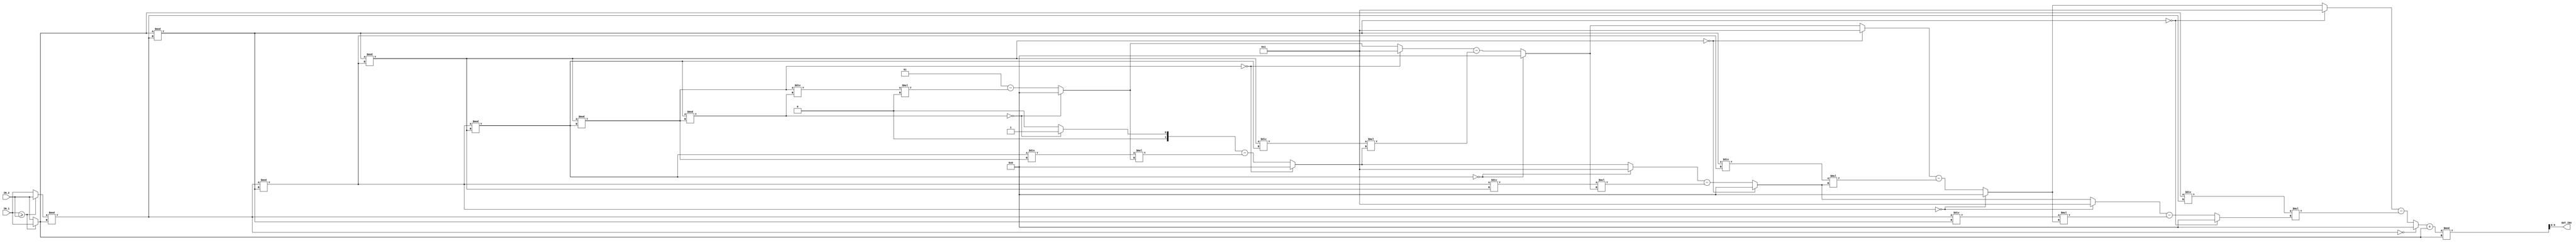
//############################################################################
//++++++++++++++++++++++++++++++++++++++++++++++++++++++++++++++++++++++++++++
//    (C) Copyright Optimum Application-Specific Integrated System Laboratory
//    All Right Reserved
//		Version		: v1.0
//   	Module Name : INV_IP
//++++++++++++++++++++++++++++++++++++++++++++++++++++++++++++++++++++++++++++
//############################################################################

module INV_IP #(parameter IP_WIDTH = 6) (
    // Input signals
    IN_1, IN_2,
    // Output signals
    OUT_INV
);

// ===============================================================
// Declaration
// ===============================================================
input [IP_WIDTH-1:0] IN_1, IN_2;
output [IP_WIDTH-1:0] OUT_INV;
wire signed [IP_WIDTH:0]result;
wire [IP_WIDTH-1:0] IN1,IN2;
//wire [31:0] idx;
//integer idx;
// ===============================================================
// Main
// ===============================================================
genvar i;
generate
	for(i=0; i<9; i=i+1) begin: ASSIGN_AB
		wire[IP_WIDTH-1:0] a,b,idx;
		if(i==0) begin
			assign b=(IN_1>=IN_2)? {1'b0,IN_1}: {1'b0,IN_2};
			assign a=(IN_1>=IN_2)? {1'b0,IN_2}: {1'b0,IN_1};
			//assign idx=0;
		end
		else begin
			assign a = ASSIGN_AB[i-1].b;	
			assign b = (ASSIGN_AB[i-1].a)%(ASSIGN_AB[i-1].b);
			//assign idx=(b==0)?i:ASSIGN_AB[i-1].idx;
			//assign idx=ASSIGN_AB[i-1].idx;
			
		end	
	end
endgenerate

genvar j;
generate
	for(j=0; j<9; j=j+1) begin: A_DIV_B
		wire signed [IP_WIDTH:0] div;
		assign div = (ASSIGN_AB[j].a)/(ASSIGN_AB[j].b);	
	end
endgenerate

genvar k;
generate
	for(k=8; k>=0; k=k-1) begin: EE
		wire signed [IP_WIDTH+1:0] s,t;
		if(k==8) begin
			assign s=1;
			assign t=0;
		end
		else if(k==0) begin
 			assign result = (EE[k+1].t+ASSIGN_AB[0].b)%ASSIGN_AB[0].b;
		end
		else begin
			assign s=(ASSIGN_AB[k].b==0)? 1: EE[k+1].t;
			assign t=(ASSIGN_AB[k].b==0)? 0: (EE[k+1].s)-(A_DIV_B[k].div)*EE[k+1].t;
		end
		
	end
endgenerate
assign OUT_INV = result[IP_WIDTH-1:0];

endmodule